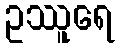
ဥဿူရေ